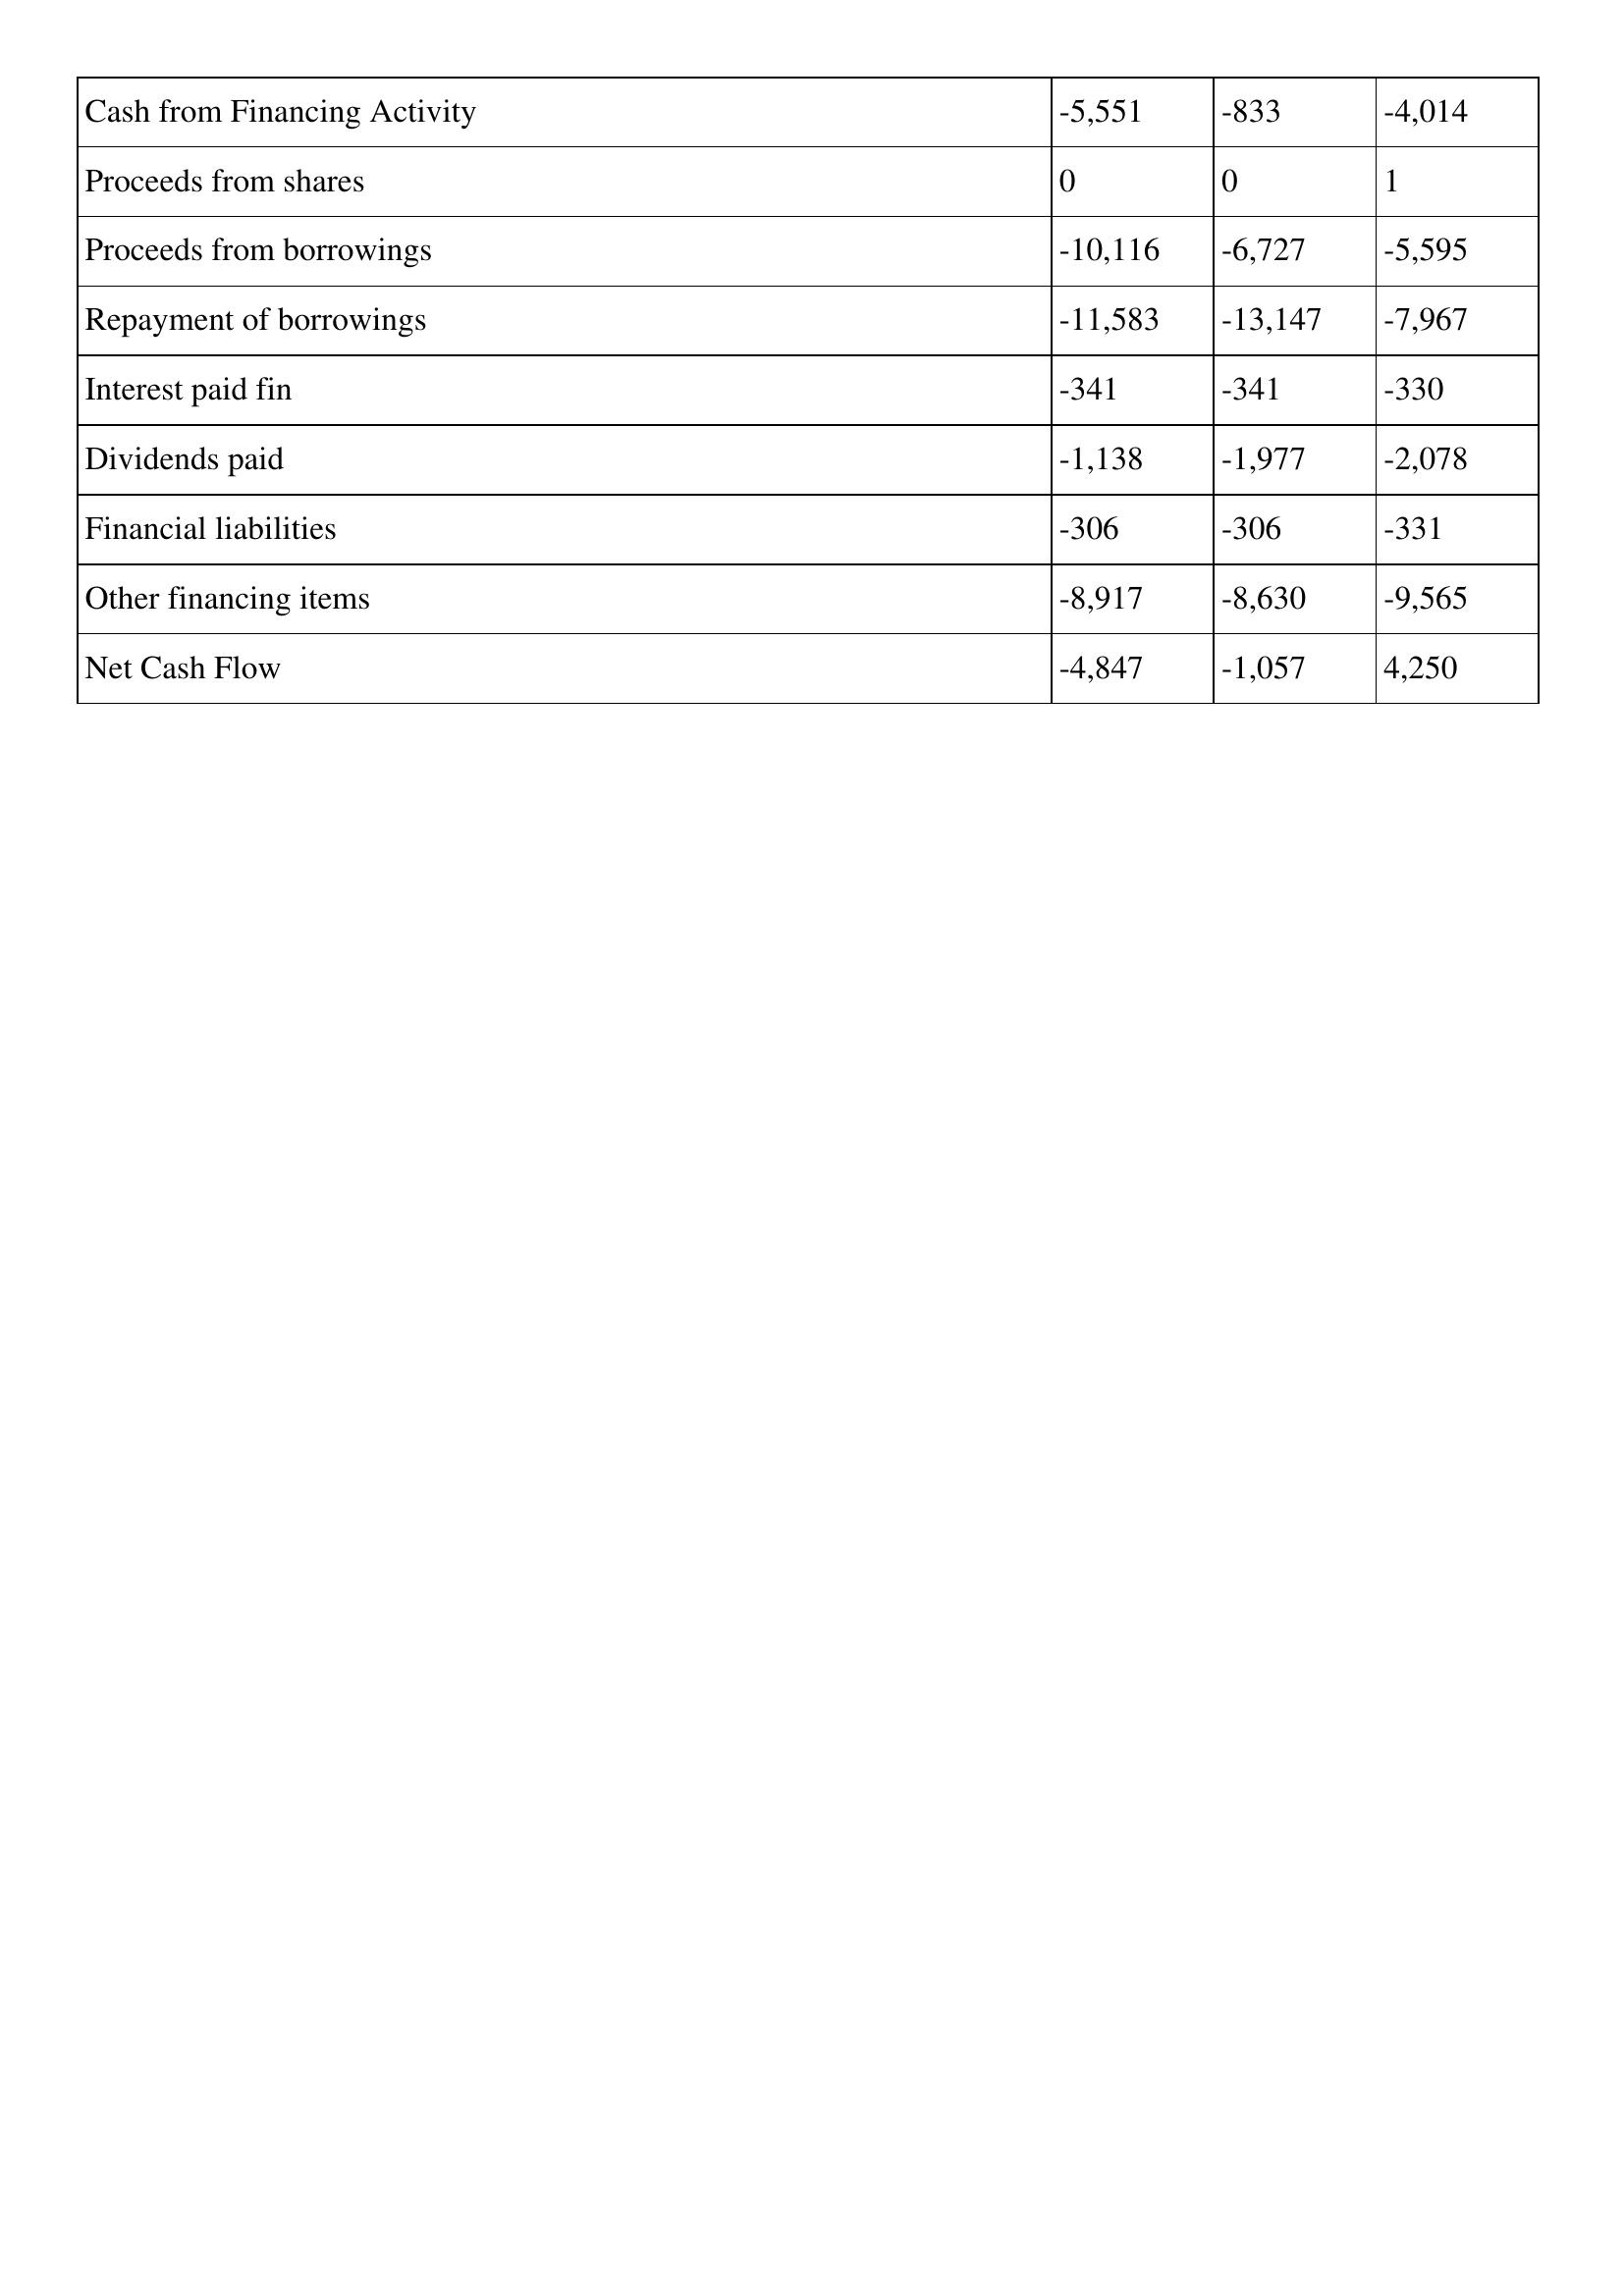
gt_parse: 2014: Cash Flows: Cash from Financing Activity: -5,551
Proceeds from shares: 0
Proceeds from borrowings: -10,116
Repayment of borrowings: -11,583
Interest paid fin: -341
Dividends paid: -1,138
Financial liabilities: -306
Other financing items: -8,917
Net Cash Flow: -4,847
2013: Cash Flows: Cash from Financing Activity: -833
Proceeds from shares: 0
Proceeds from borrowings: -6,727
Repayment of borrowings: -13,147
Interest paid fin: -341
Dividends paid: -1,977
Financial liabilities: -306
Other financing items: -8,630
Net Cash Flow: -1,057
2012: Cash Flows: Cash from Financing Activity: -4,014
Proceeds from shares: 1
Proceeds from borrowings: -5,595
Repayment of borrowings: -7,967
Interest paid fin: -330
Dividends paid: -2,078
Financial liabilities: -331
Other financing items: -9,565
Net Cash Flow: 4,250